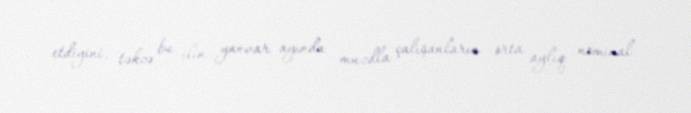
etdiyini, təkcə bu ilin yanvar ayında muzdla çalışanların orta aylıq nominal